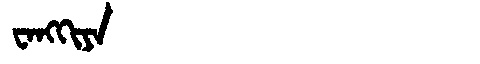
Manchu: ᠸᠠᠩᡴᡳᠶᠠ
Romanization: WANGKIYA